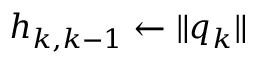
h _ { k , k - 1 } \leftarrow \| q _ { k } \|